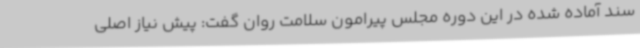
سند آماده شده در این دوره مجلس پیرامون سلامت روان گفت: پیش نیاز اصلی